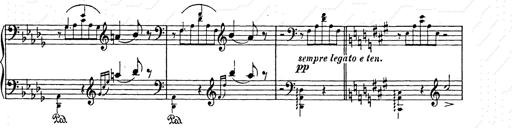
Title: Berceuse
Composer: Lucien Wurmser
Key: A major